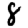
Digit: 8